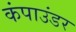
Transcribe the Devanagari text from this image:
कंपाउंडर